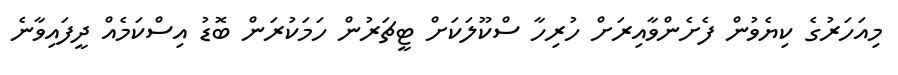
މިއަހަރުގެ ކިޔެވުން ފެށެންވާއިރަށް ހުރިހާ ސްކޫލަކަށް ޓީޗަރުން ހަމަކުރަން ބޮޑު އިސްކަމެއް ދީފައިވާނެ